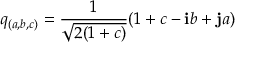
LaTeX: q _ { ( a , b , c ) } = { \frac { 1 } { \sqrt { 2 ( 1 + c ) } } } ( 1 + c - \mathbf { i } b + \mathbf { j } a )